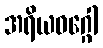
အရိယဝဂ္ဂေါ